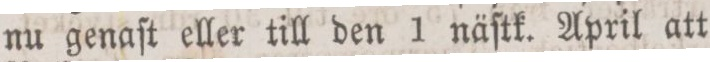
nu genaſt eller till den 1 näſtk. April att